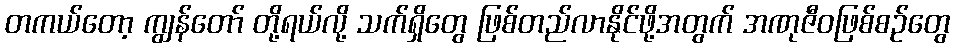
တကယ်တော့ ကျွန်တော် တို့ရယ်လို့ သက်ရှိတွေ ဖြစ်တည်လာနိုင်ဖို့အတွက် အဏုဇီဝဖြစ်စဉ်တွေ